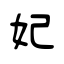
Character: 妃